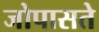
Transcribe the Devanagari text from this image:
जोपासते